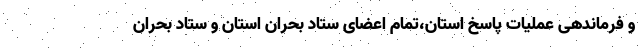
و فرماندهی عملیات پاسخ استان،تمام اعضای ستاد بحران استان و ستاد بحران